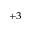
^ { + 3 }